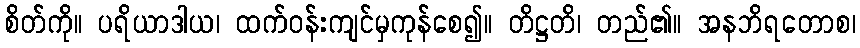
စိတ်ကို။ ပရိယာဒါယ၊ ထက်ဝန်းကျင်မှကုန်စေ၍။ တိဋ္ဌတိ၊ တည်၏။ အနဘိရတောစ၊